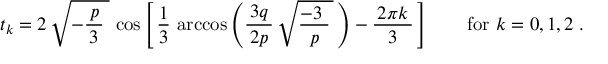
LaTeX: t _ { k } = 2 \, { \sqrt { - { \frac { \, p \, } { 3 } } \; } } \, \cos \left[ \, { \frac { 1 } { 3 } } \, \operatorname { a r c c o s } \left( { \frac { \, 3 q \, } { 2 p } } \, { \sqrt { { \frac { - 3 \; } { p } } \, } } \, \right) - { \frac { \, 2 \pi k \, } { 3 } } \, \right] \qquad { \mathrm { f o r } } ~ k = 0 , 1 , 2 \; .